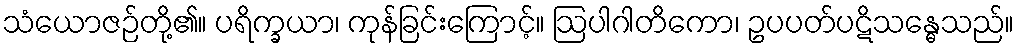
သံယောဇဉ်တို့၏။ ပရိက္ခယာ၊ ကုန်ခြင်းကြောင့်။ ဩပါဂါတိကော၊ ဥပပတ်ပဋိသန္ဓေသည်။